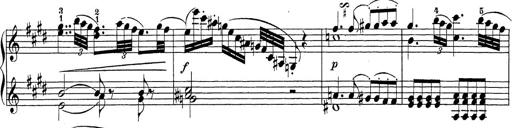
Title: Sonatina Album
Composer: Louis KÃ¶hler